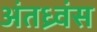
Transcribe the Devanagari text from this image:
अंतध्र्वंस